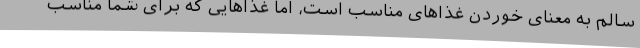
سالم به معنای خوردن غذاهای مناسب است، اما غذاهایی که برای شما مناسب